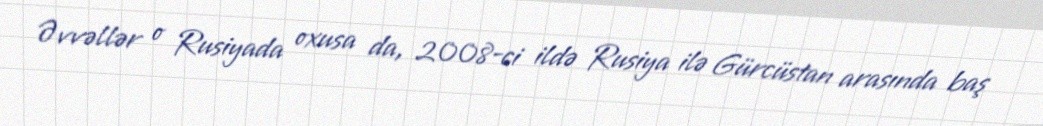
Əvvəllər o Rusiyada oxusa da, 2008-ci ildə Rusiya ilə Gürcüstan arasında baş